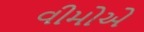
વીમોએ